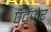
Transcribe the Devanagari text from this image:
एंटेंजेर